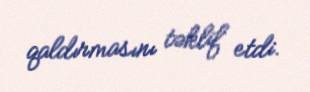
qaldırmasını təklif etdi.